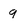
Character: q